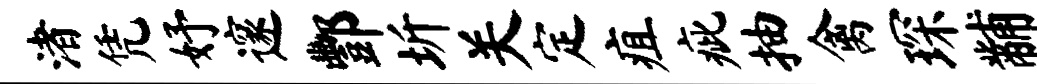
渚凭妤邃酆圻关定疽疵抽禽琛黼